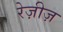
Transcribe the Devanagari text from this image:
रेज़ीज़